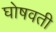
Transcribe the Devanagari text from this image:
घोषवती